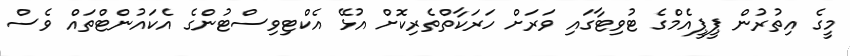
މީގެ އިތުރުން ޕީޕީއެމްގެ ޓުވިޓާގައި ވަރަށް ހަރަކާތްތެރިކޮށް އުޅޭ އެކްޓިވިސްޓުންގެ އެކައުންޓްތައް ވެސް